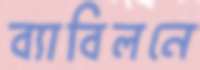
ব্যাবিলনে